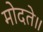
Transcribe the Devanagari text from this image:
मोदते॥